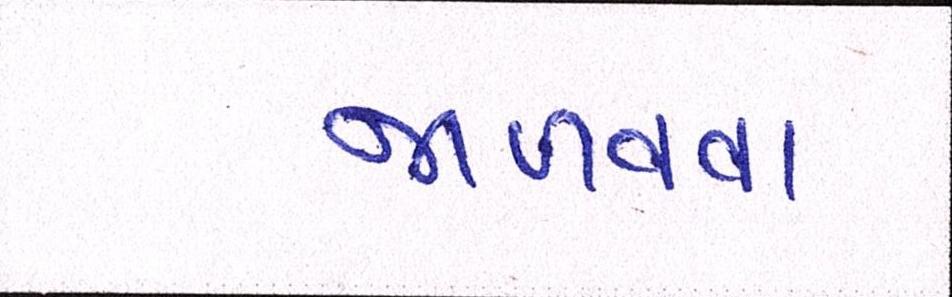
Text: જાળવવા